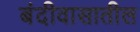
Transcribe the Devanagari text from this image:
बंदीवासातील